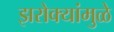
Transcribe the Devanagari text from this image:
झरोक्यांमुळे